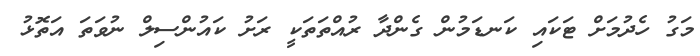
މަގު ހެދުމަށް ޓަކައި ކަނޑަމުން ގެންދާ ރުއްތަތަކީ ރަށު ކައުންސިލް ނުވަތަ އަތޮޅު